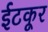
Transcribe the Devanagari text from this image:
ईटकूर